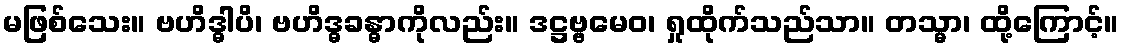
မဖြစ်သေး။ ဗဟိဒ္ဓါပိ၊ ဗဟိဒ္ဓခန္ဓာကိုလည်း။ ဒဋ္ဌဗ္ဗမေဝ၊ ရှုထိုက်သည်သာ။ တသ္မာ၊ ထို့ကြောင့်။